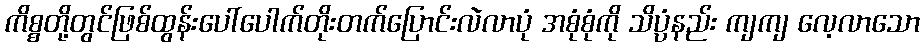
ကိစ္စတို့တွင်ဖြစ်ထွန်းပေါ်ပေါက်တိုးတက်ပြောင်းလဲလာပုံ အစုံစုံကို သိပ္ပံနည်း ကျကျ လေ့လာသော